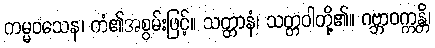
ကမ္မဝသေန၊ ကံ၏အစွမ်းဖြင့်။ သတ္တာနံ၊ သတ္တဝါတို့၏။ ဂဗ္ဘာဝက္ကန္တိ၊